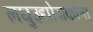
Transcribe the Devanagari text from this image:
लघुउद्योजकांना